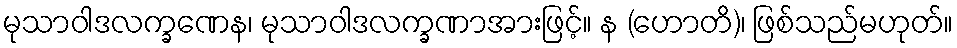
မုသာဝါဒလက္ခဏေန၊ မုသာဝါဒလက္ခဏာအားဖြင့်။ န (ဟောတိ)၊ ဖြစ်သည်မဟုတ်။